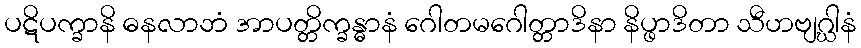
ပဋိပက္ခာနိ ဓနလာဘံ အာပတ္တိက္ခန္ဓာနံ ဂေါတမဂေါတ္တာဒိနာ နိပ္ဖာဒိတာ သီဟဗျဂ္ဃါနံ